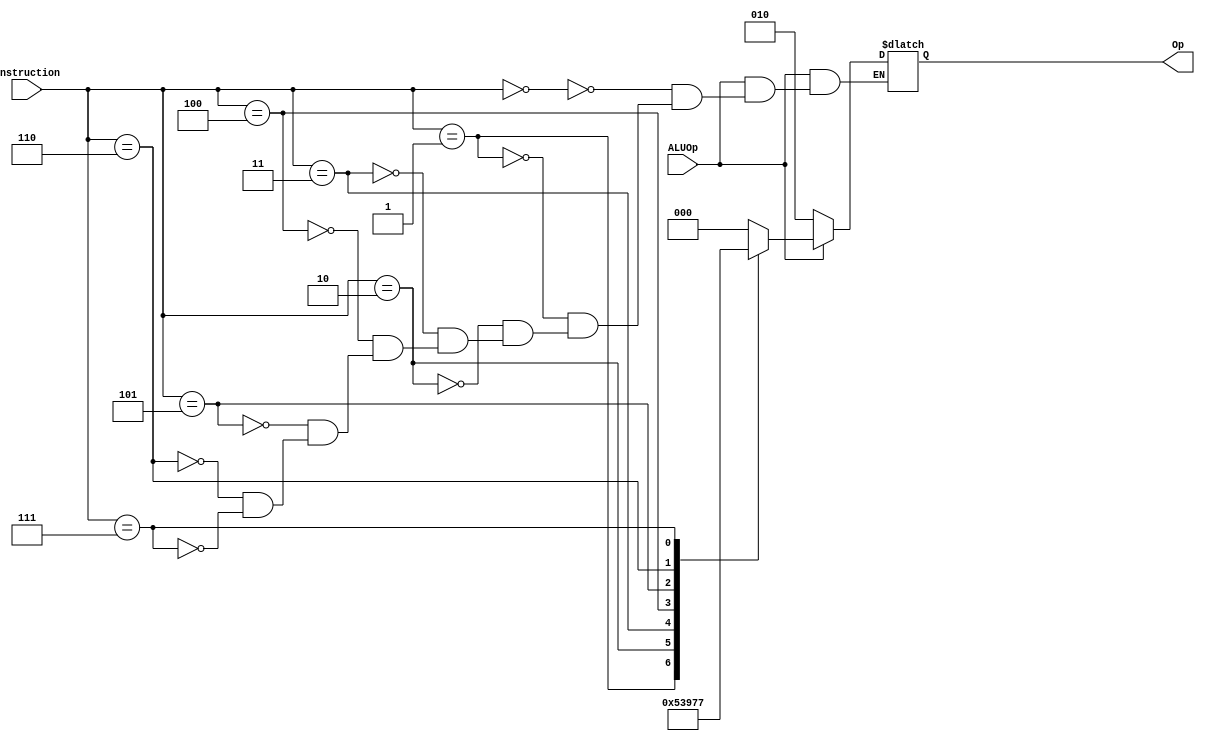
`timescale 1ns / 1ps
//////////////////////////////////////////////////////////////////////////////////
// Company: 
// Engineer: 
// 
// Design Name: 
// Module Name: ALUCTRL
// Project Name: 
// Target Devices: 
// Tool Versions: 
// Description: 
// 
// Dependencies: 
// 
// Revision:
// Revision 0.01 - File Created
// Additional Comments:
// 
//////////////////////////////////////////////////////////////////////////////////


module ALUCTRL(instruction, ALUOp, Op);
input [5:0] instruction;
input ALUOp;
output reg [2:0]Op = 0;
   
   always@(instruction or ALUOp)
    if(ALUOp == 1)begin
        case(instruction)
            0: Op = 3'b000;
            1: Op = 3'b001;
            2: Op = 3'b010;
            3: Op = 3'b011;
            4: Op = 3'b100;
            5: Op = 3'b101;
            6: Op = 3'b110;
            7: Op = 3'b111;
        endcase
    end 
    else if(ALUOp == 0) begin
        Op = 3'b010;        //alu pass thru
    end
endmodule